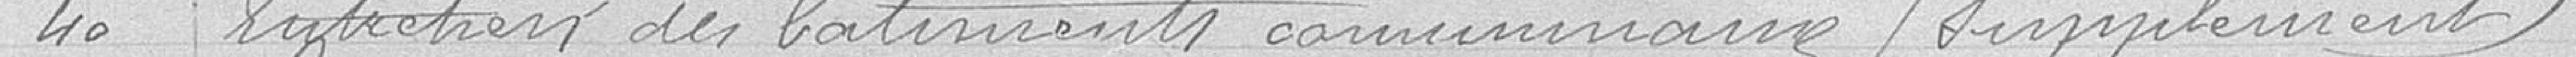
40 Entretien des bâtiments communaux / Supplément /